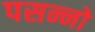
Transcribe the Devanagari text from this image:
पसन्नो